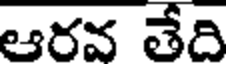
ఆరవ తేది